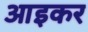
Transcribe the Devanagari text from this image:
आइकर